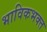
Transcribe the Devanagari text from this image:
भाविकभक्त